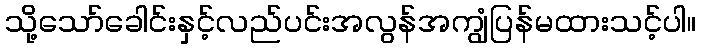
သို့သော်ခေါင်းနှင့်လည်ပင်းအလွန်အကျွံပြန်မထားသင့်ပါ။